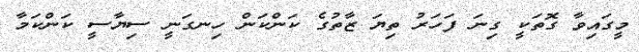
މީގައިވާ ގޮތަކީ ގިނަ ފަހަރު ތިޔަ ޒާތުގެ ކަންކަން ހިނގަނީ ސިޔާސީ ކަންކަމާ